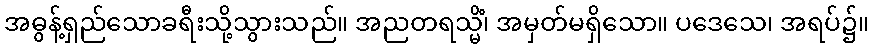
အဓွန့်ရှည်သောခရီးသို့သွားသည်။ အညတရသ္မိံ၊ အမှတ်မရှိသော။ ပဒေသေ၊ အရပ်၌။